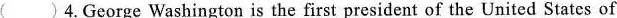
( )4.George Washington is the first president of the United States of